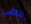
يلتقي